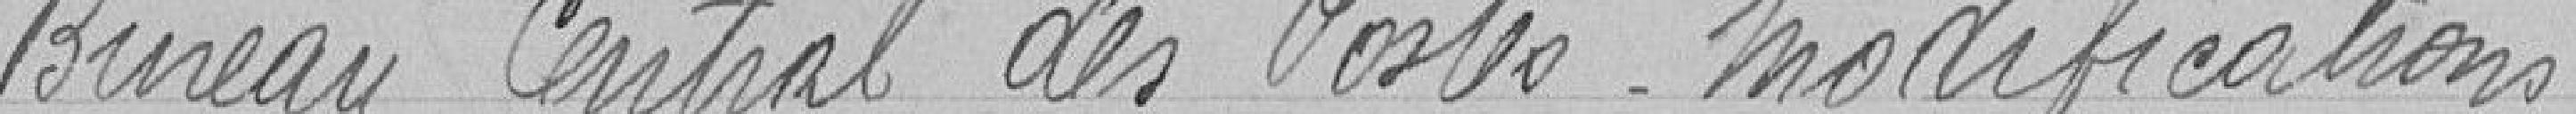
Bureau centra des postes, modifications